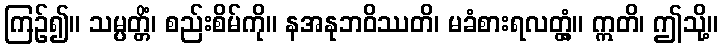
ကြဉ်၍။ သမ္ပတ္တိံ၊ စည်းစိမ်ကို။ နအနုဘဝိဿတိ၊ မခံစားရလတ္တံ့။ ဣတိ၊ ဤသို့။